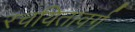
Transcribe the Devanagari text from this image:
रचयितावर्ग